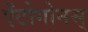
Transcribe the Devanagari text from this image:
ऐंटोगोनस्‌